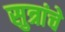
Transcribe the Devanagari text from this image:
सुत्रांचे